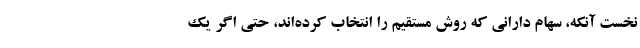
نخست آنکه، سهام دارانی که روش مستقیم را انتخاب کرده‌اند، حتی اگر یک